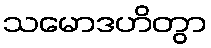
သမောဒဟိတွာ